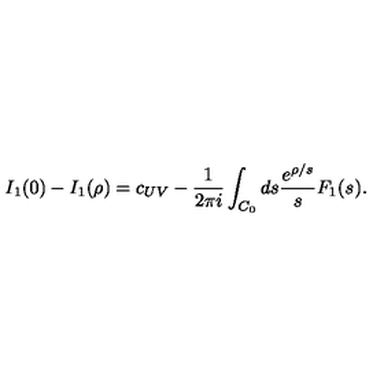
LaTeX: I _ { 1 } ( 0 ) - I _ { 1 } ( \rho ) = c _ { U V } - \frac { 1 } { 2 \pi i } \int _ { C _ { 0 } } d s \frac { e ^ { \rho / s } } { s } F _ { 1 } ( s ^ { } ) .